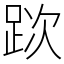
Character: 𨀥